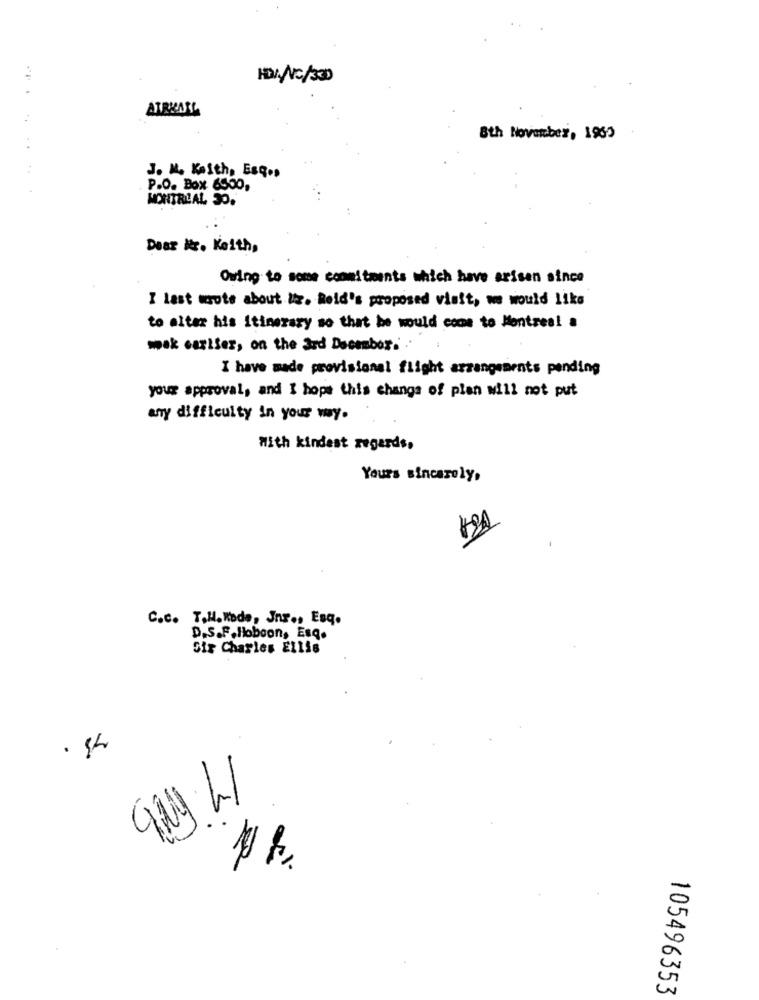
HODINC/330
ATRKARL
8th November, 1962
. .
J. K. Keith, Esq .,
P.O. Box 6500,
MONTREAL 30.
Dear Mr. Keith,
Owing to some commitments which have arisen since
I last wrote about Us. Reid's proposed visit, we would like
to alter his itinerary so that he would come to Montres! a
mak earlier, on the ard December. ..
I have made provisional flight arrangements pending
your approval, and I hope this change of plan will not put
any difficulty in your way.
With kindest regards,
Yours sincerely,
C.c. T.H.Wade, Jns ., Esq.
D.S.F.Hoboon, Esq.
Sir Charles Ellis
qag LI
105496353